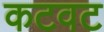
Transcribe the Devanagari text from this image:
कटवट